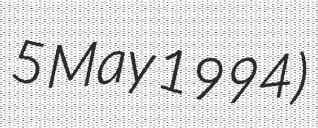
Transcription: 5 May 1994)